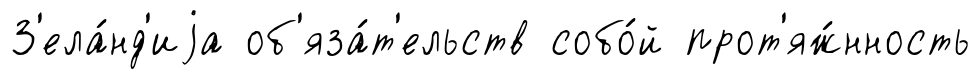
З'ела́нд'иjа об'яза́т'ельств собо́й прот'яж́нность